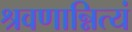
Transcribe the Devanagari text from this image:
श्रवणान्नित्यं